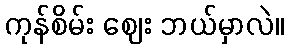
ကုန်စိမ်း ဈေး ဘယ်မှာလဲ။